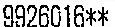
9926016**